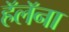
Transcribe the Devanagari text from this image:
हॅलॅना